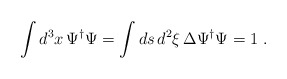
\begin{align*}\int d^{3}x \,\Psi^{\dag}\Psi = \int ds\, d^2\xi\, \Delta \Psi^{\dag} \Psi = 1\ . \end{align*}